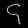
Digit: ၄